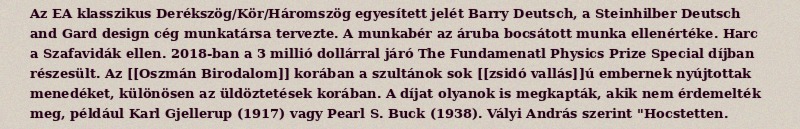
Az EA klasszikus Derékszög/Kör/Háromszög egyesített jelét Barry Deutsch, a Steinhilber Deutsch and Gard design cég munkatársa tervezte. A munkabér az áruba bocsátott munka ellenértéke. Harc a Szafavidák ellen. 2018-ban a 3 millió dollárral járó The Fundamenatl Physics Prize Special díjban részesült. Az [[Oszmán Birodalom]] korában a szultánok sok [[zsidó vallás]]ú embernek nyújtottak menedéket, különösen az üldöztetések korában. A díjat olyanok is megkapták, akik nem érdemelték meg, például Karl Gjellerup (1917) vagy Pearl S. Buck (1938). Vályi András szerint "Hocstetten.